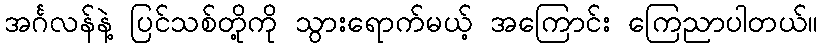
အင်္ဂလန်နဲ့ ပြင်သစ်တို့ကို သွားရောက်မယ့် အကြောင်း ကြေညာပါတယ်။